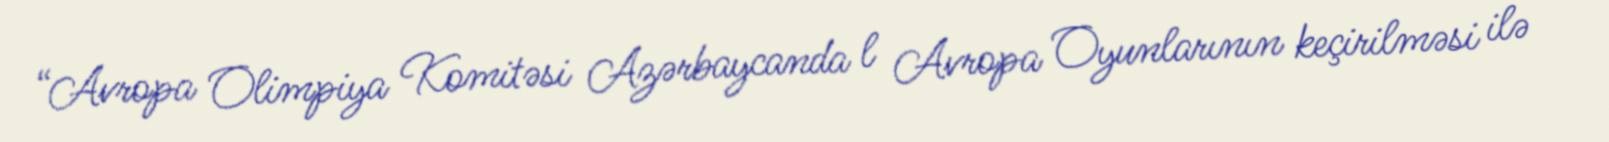
“Avropa Olimpiya Komitəsi Azərbaycanda l Avropa Oyunlarının keçirilməsi ilə